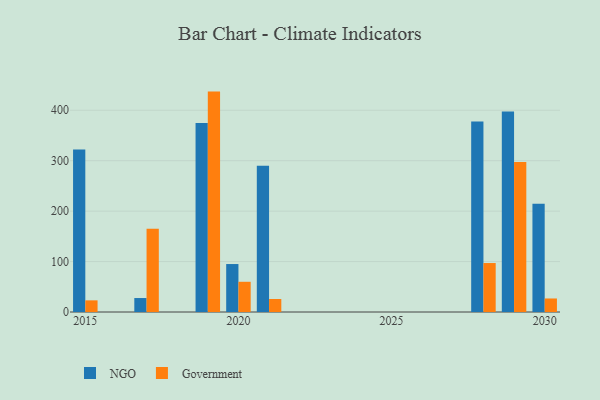
{"axis": {"x": "Year", "y": "Active Users"}, "legend": ["Government", "NGO"], "data": [{"x": "2021", "y": 290.1, "type": "NGO"}, {"x": "2021", "y": 25.8, "type": "Government"}, {"x": "2029", "y": 397.7, "type": "NGO"}, {"x": "2029", "y": 297.6, "type": "Government"}, {"x": "2015", "y": 322.3, "type": "NGO"}, {"x": "2015", "y": 23.1, "type": "Government"}, {"x": "2017", "y": 27.7, "type": "NGO"}, {"x": "2017", "y": 165.3, "type": "Government"}, {"x": "2030", "y": 214.6, "type": "NGO"}, {"x": "2030", "y": 26.8, "type": "Government"}, {"x": "2020", "y": 95.1, "type": "NGO"}, {"x": "2020", "y": 59.9, "type": "Government"}, {"x": "2028", "y": 377.8, "type": "NGO"}, {"x": "2028", "y": 97.1, "type": "Government"}, {"x": "2019", "y": 374.5, "type": "NGO"}, {"x": "2019", "y": 437.0, "type": "Government"}]}